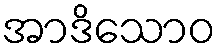
အာဒိသောဝ